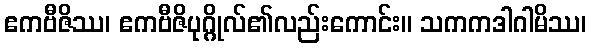
ဧကဗီဇိဿ၊ ဧကဗီဇိပုဂ္ဂိုလ်၏လည်းကောင်း။ သကကဒါဂါမိဿ၊